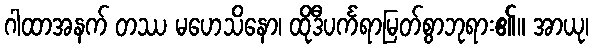
ဂါထာအနက် တဿ မဟေသိနော၊ ထိုဒီပင်္ကရာမြတ်စွာဘုရား၏။ အာယု၊